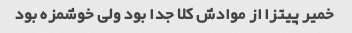
خمیر پیتزا از موادش کلا جدا بود ولی خوشمزه بود